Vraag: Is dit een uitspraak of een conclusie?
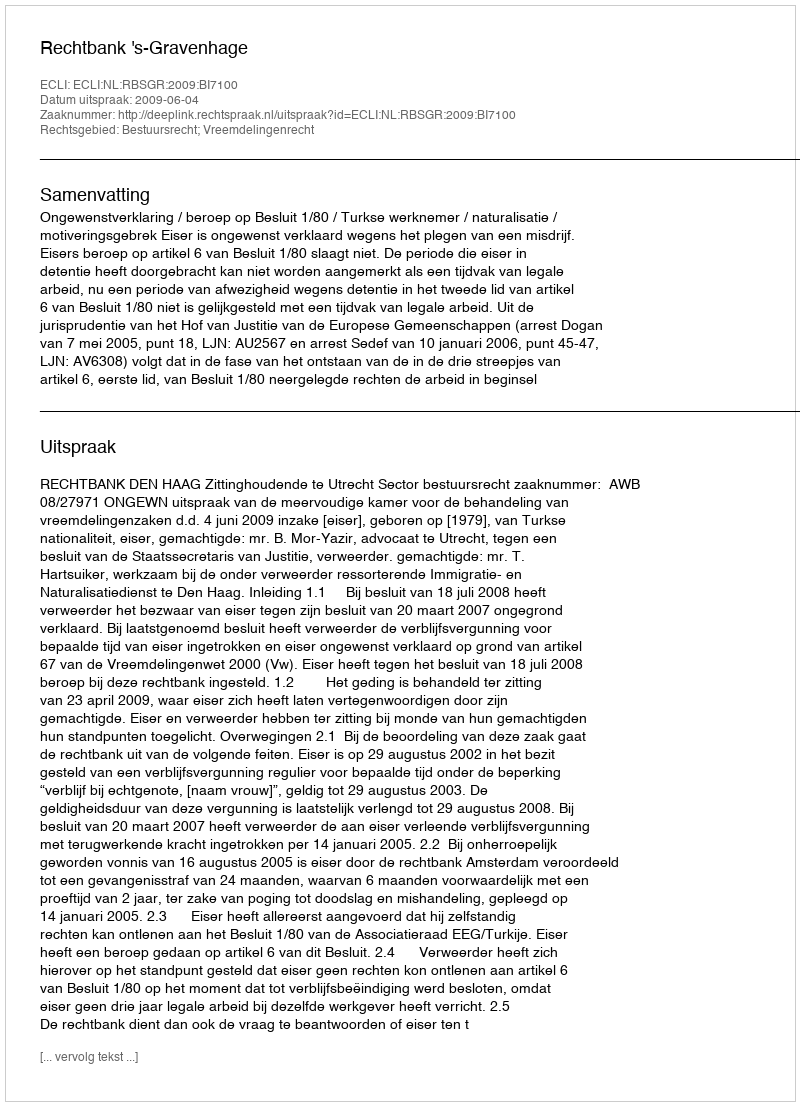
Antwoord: Uitspraak